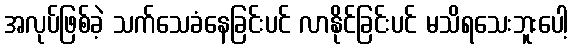
အလုပ်ဖြစ်ခဲ့ သက်သေခံနေခြင်းပင် လာနိုင်ခြင်းပင် မသိရသေးဘူးပေါ့